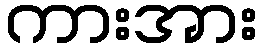
ကားအား